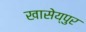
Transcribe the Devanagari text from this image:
खासेय्पुर